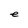
Character: e